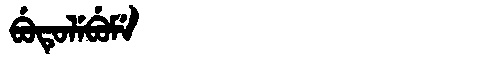
Manchu: ᠪᡠᡨᡠᠯᡝᠪᡠᠮᡝ
Romanization: BUTULEBUME